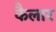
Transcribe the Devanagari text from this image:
कैलार